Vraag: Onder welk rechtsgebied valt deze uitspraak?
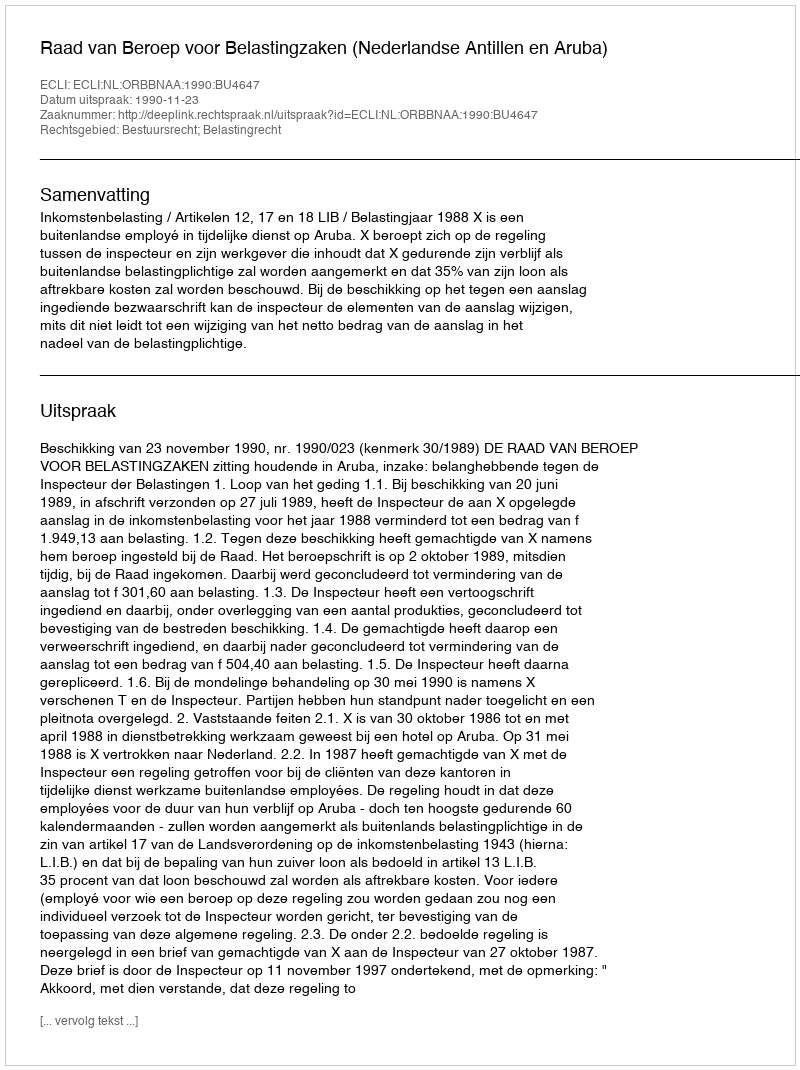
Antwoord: Bestuursrecht; Belastingrecht